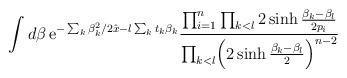
LaTeX: \begin{align*}\int d \beta \, {\rm e}^{-\sum_k \beta_k^2 /2 \hat x - l\sum_k t_k \beta_k } {\prod_{i=1}^n \prod_{k<l} 2 \sinh {\beta_k -\beta_l\over2 p_i } \over \prod_{k<l} \Bigl( 2 \sinh { \beta_k - \beta_l \over2} \Bigr)^{n-2}}\end{align*}